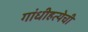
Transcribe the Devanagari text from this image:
गांधीहत्येची